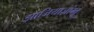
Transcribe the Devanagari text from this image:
झाजियाज़ांग्बू